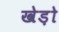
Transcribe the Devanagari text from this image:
खेड़ो